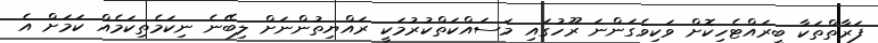
ފަރާތްތަކާ ބީރައްޓެހިކޮށް ވަކިވެގަންނަ ރޫހުގައި މަސައްކަތްކުރުމަކީ ރައްޔިތުންނަށް ލިބޭނެ ނިކަމެތިކަމެއް ކަމަށް އެ